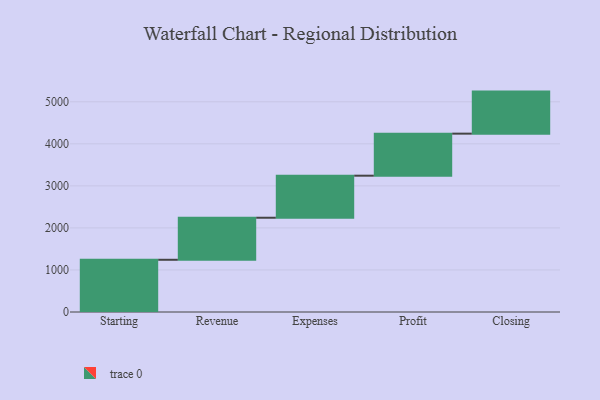
{"axis": {"x": "Step", "y": "Value"}, "legend": [""], "data": [{"x": "Starting", "y": 1242.0, "type": ""}, {"x": "Revenue", "y": 1000, "type": ""}, {"x": "Expenses", "y": 1000, "type": ""}, {"x": "Profit", "y": 1000, "type": ""}, {"x": "Closing", "y": 1000, "type": ""}]}